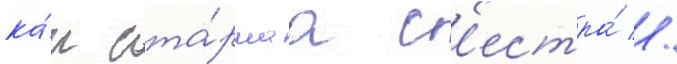
ка́к ста́ршаа с'естра́ //